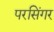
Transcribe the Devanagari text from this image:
परसिंगर